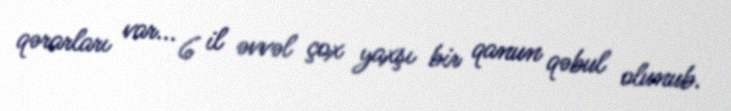
qərarları var... 6 il əvvəl çox yaxşı bir qanun qəbul olunub.